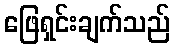
ဖြေရှင်းချက်သည်